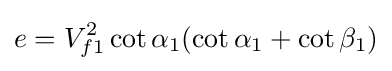
e=V_{f1}^{2}\cot \alpha _{1}(\cot \alpha _{1}+\cot \beta _{1})